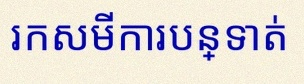
រកសមីការបន្ទាត់